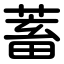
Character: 蓄